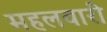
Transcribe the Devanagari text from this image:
महलवारी